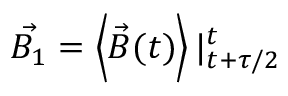
\vec { B _ { 1 } } = \left< \vec { B } ( t ) \right> | _ { t + \tau / 2 } ^ { t }